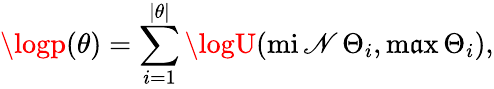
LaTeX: \logp(\theta)=\sum_{i=1}^{|\theta|}\logU(\operatorname*{mi\mathscr{N}}\Theta_{i},\operatorname*{m\mathfrak{a}x}\Theta_{i}),